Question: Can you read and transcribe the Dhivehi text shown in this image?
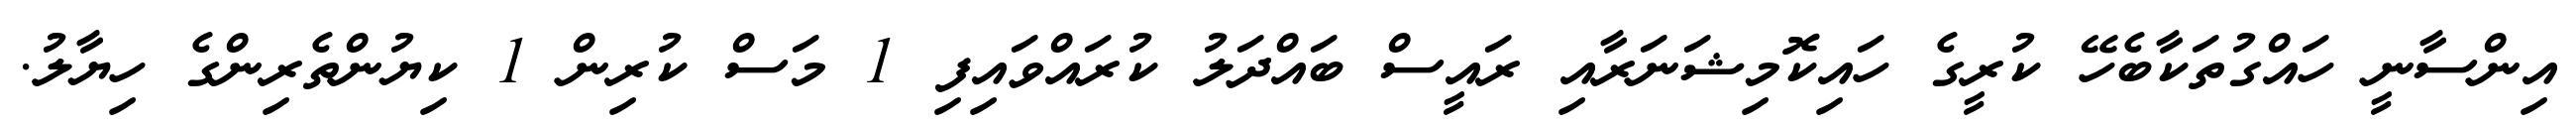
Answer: އިންސާނީ ހައްގުތަކާބެހޭ ކުރީގެ ހައިކޮމިޝަނަރާއި ރައީސް ބައްދަލު ކުރައްވައިފި 1 މަސް ކުރިން 1 ކިޔުންތެރިންގެ ހިޔާލު.